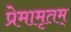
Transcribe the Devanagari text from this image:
प्रेमामृतम्